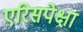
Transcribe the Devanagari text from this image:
एरिसपेक्षा